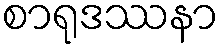
စာရုဒဿနာ